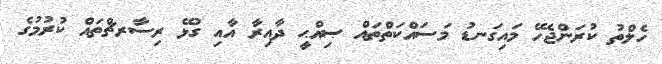
ހެލްތު ކުރަންޖެހޭ މައިގަނޑު މަސައްކަތްތައް ޞިއްޙީ ދާއިރާ އާއި ގުޅޭ ރިސާރޗްތައް ކުރުމުގެ